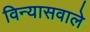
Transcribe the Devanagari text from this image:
विन्यासवाले